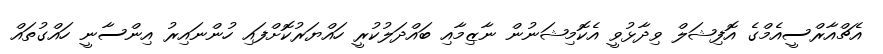
އެޗްއާރްސީއެމްގެ އޮފިޝަލް ވިދާޅުވީ އެކޮމިޝަނުން ނާޒިމާއި ބައްދަލުކުރީ ހައްޔަރުކޮށްފައި ހުންނައިރު އިންސާނީ ހައްގުތައް